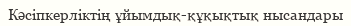
Кәсіпкерліктің ұйымдық-құқықтық нысандары